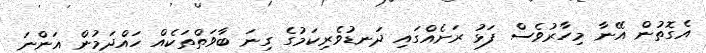
އެގޮތުން އޭނާ މިހާރުވެސް ފަޅު ރަށެއްގައި ދަނޑުވެރިކަމުގެ ގިނަ ބާވަތްތަކެއް ހައްދަމުން އަންނަ